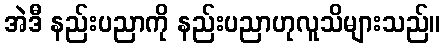
အဲဒီ နည်းပညာကို နည်းပညာဟုလူသိများသည်။